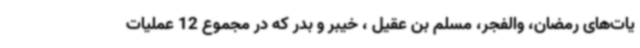
یات‌های رمضان، والفجر، مسلم بن عقیل ، خیبر و بدر که در مجموع 12 عملیات